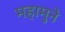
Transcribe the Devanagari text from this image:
महामुने